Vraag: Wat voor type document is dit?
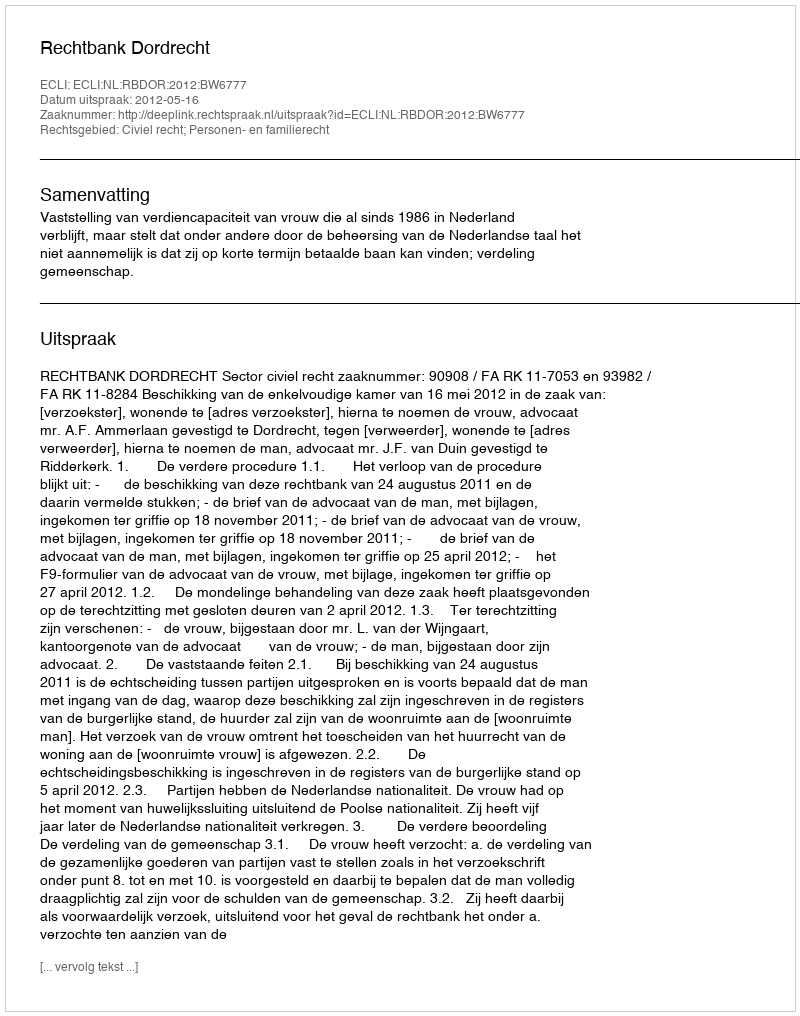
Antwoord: Uitspraak